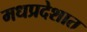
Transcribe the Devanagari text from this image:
मधप्रदेशात